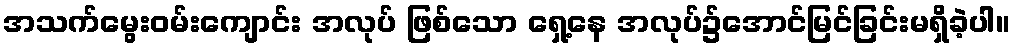
အသက်မွေးဝမ်းကျောင်း အလုပ် ဖြစ်သော ရှေ့နေ အလုပ်၌အောင်မြင်ခြင်းမရှိခဲ့ပါ။